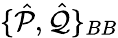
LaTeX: \{ \hat{\mathcal{P}},\hat{\mathcal{Q}}\} _{BB}